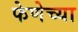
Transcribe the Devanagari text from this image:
फेणेच्या